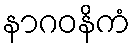
နာဂဝနိကံ